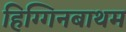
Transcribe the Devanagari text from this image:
हिग्गिनबाथम